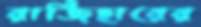
রাজিহারের